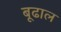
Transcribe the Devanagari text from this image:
बूढाल